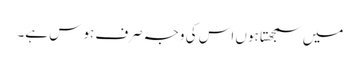
میں سمجھتا ہوں اس کی وجہ صرف ہوس ہے۔